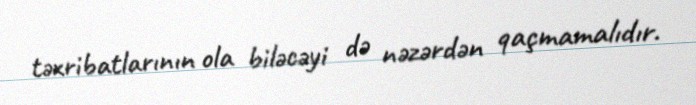
təxribatlarının ola biləcəyi də nəzərdən qaçmamalıdır.